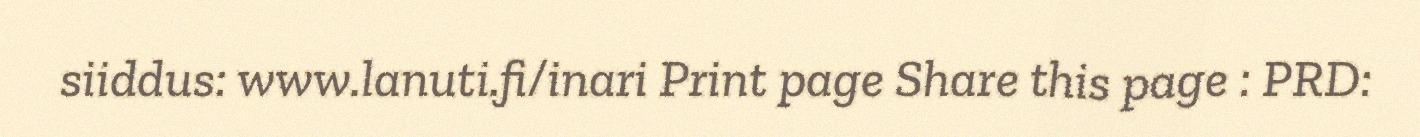
siiddus: www.lanuti.fi/inari Print page Share this page : PRD: